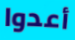
أعدوا